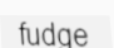
fudge